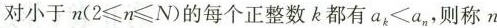
对小于$$n(2\leq n\leq N)$$的每个正整数k都有$$a_{k}\leqa_{n}$$，则称n